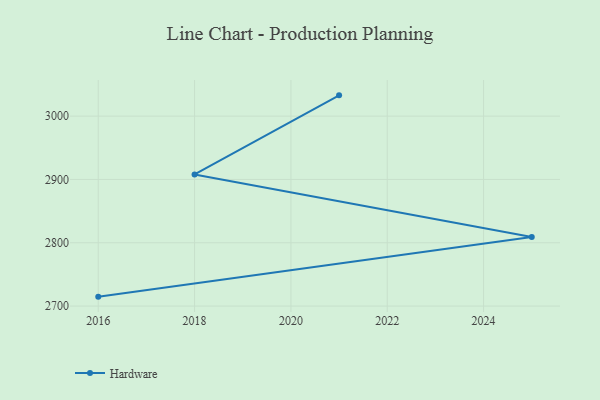
{"axis": {"x": "Year", "y": "Revenue (USD Million)"}, "legend": ["Hardware"], "data": [{"x": "2021", "y": 3032.8, "type": "Hardware"}, {"x": "2018", "y": 2907.9, "type": "Hardware"}, {"x": "2025", "y": 2809.1, "type": "Hardware"}, {"x": "2016", "y": 2714.9, "type": "Hardware"}]}